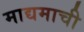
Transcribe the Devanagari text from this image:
माद्यमाची